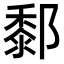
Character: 𨞃